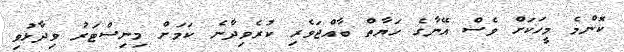
ކޮންމެ މީހަކަށް ވެސް އޭނާގެ ހަޔާތް ބާއްޖަވެރި ކުރެވިދާނެ ކަމަށް މިނިސްޓަރު ވިދާޅުވި